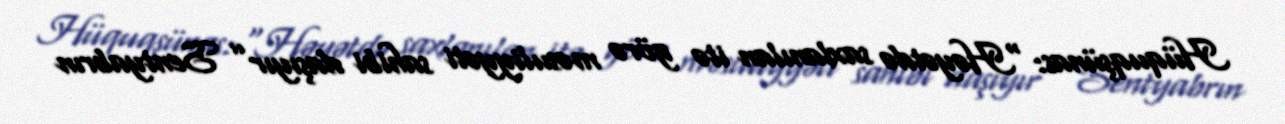
Hüquqşünas: “Həyətdə saxlanılan itə görə məsuliyyəti sahibi daşıyır” Sentyabrın